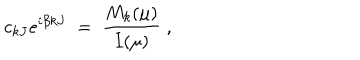
LaTeX: c _ { k J } e ^ { i \beta k J } \; = \; \frac { M _ { k } ( \mu ) } { I ( \mu ) } \; ,